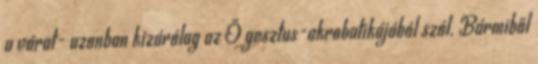
a várat- azonban kizárólag az Ő gesztus-akrobatikájából szól. Bármiből